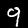
Digit: 9